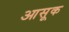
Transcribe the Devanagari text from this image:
आसूक